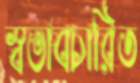
স্বভাবচারিত